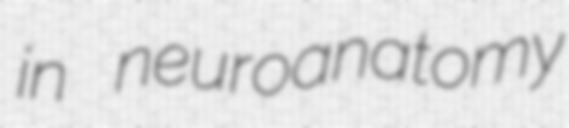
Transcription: in neuroanatomy